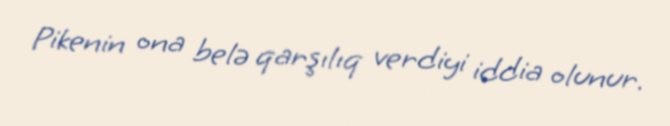
Pikenin ona belə qarşılıq verdiyi iddia olunur.